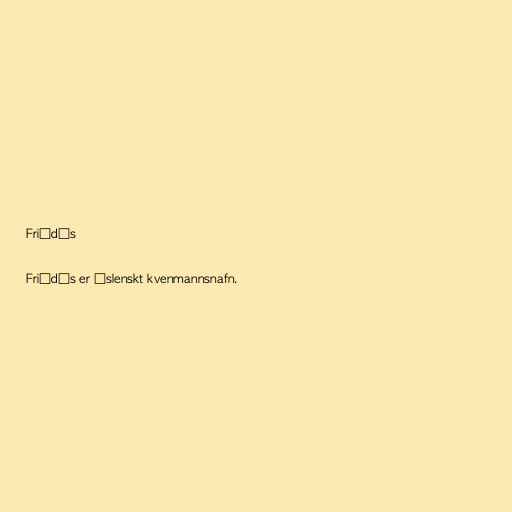
Friðdís

Friðdís er íslenskt kvenmannsnafn.